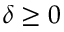
\delta \geq 0